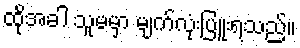
ထိုအခါ သူမမှာ မျက်လုံးပြူးရသည်။